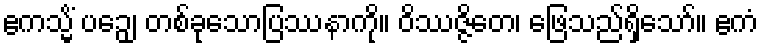
ဧကသ္မိံ ပဉှေ၊ တစ်ခုသောပြဿနာကို။ ဝိဿဇ္ဇိတေ၊ ဖြေသည်ရှိသော်။ ဧကံ